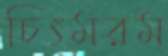
চিৎমরম